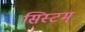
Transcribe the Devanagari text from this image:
सिस्टम्